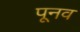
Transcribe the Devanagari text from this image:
पूनव